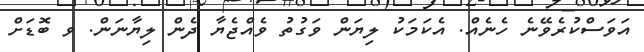
އަވަސްކުރެވޭނެ ހެނެއް. އެކަމަކު ލިޔަން ވަގުތު ވެއްޖެޔާ ދެން ލިޔާނަން. ވ ބޮޑަށް